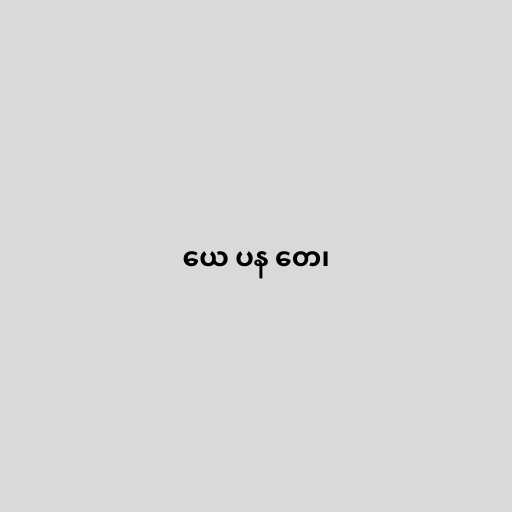
ယေ ပန တေ၊